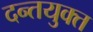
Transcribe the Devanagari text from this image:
दन्तयुक्त